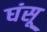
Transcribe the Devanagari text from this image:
घंसू